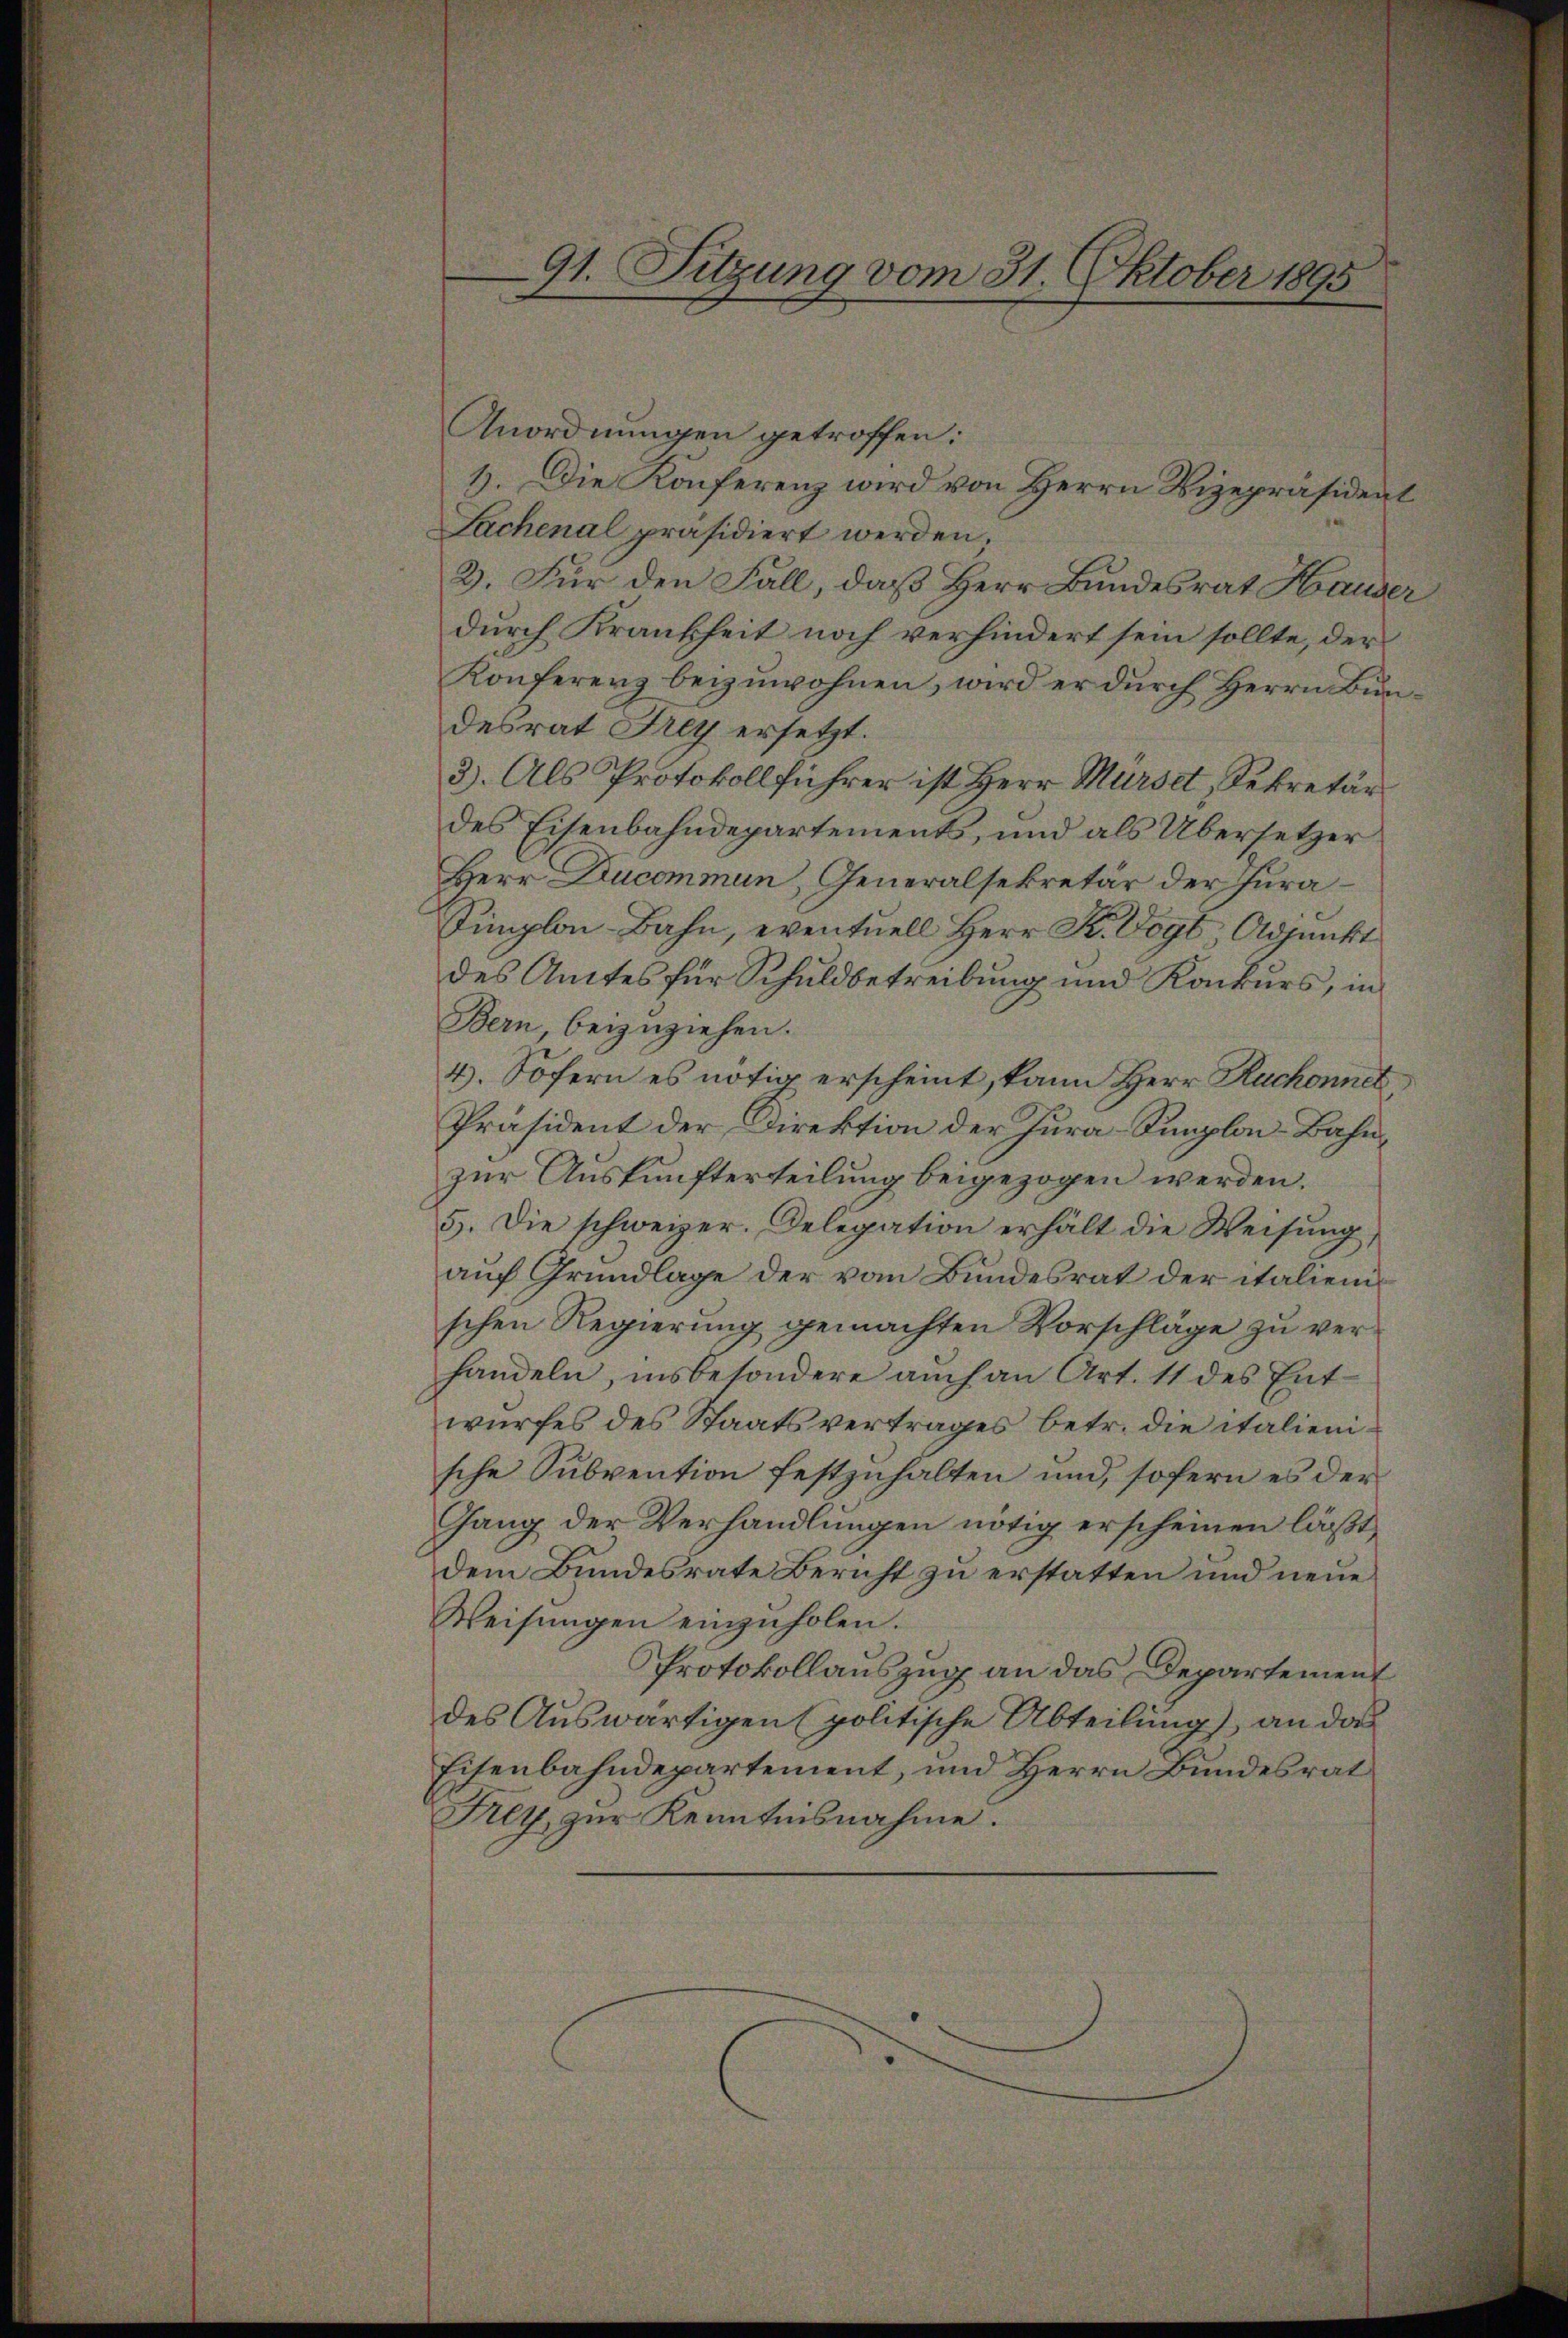
Anordnungen getroffen:
1. Die Konferenz wird von Herrn Vizepräsident
Sachenal präsidiert werden.
2. Für den Fall, daß Herr Bundesrat Hauser
durch Krankheit noch verhindert sein sollte, der
Konferenz beizuwohnen, wird er durch Herrn Bundesrat Frey ersetzt.
3). Als Protokollführer ist Herr Mürset, Sekretär
des Eisenbahndepartement, und als Übersetzer
Herr Ducommen, Generalsekretär der Jura¬
Simplon-Bahn, eventuell Herr K. Vogt Adjunkt
des Amtes für Schuldbetreibung und Konkurs, in
Bern, beizuziehen.
4). Sofern es nötig erscheint, kann Herr Ruchonnet
Präsident der Direktion der Jura-Simploi-Bahn,
zur Auskunfterteilung beigezogen werden.
5. Die schweizer. Delegation erhält die Weisung,
auf Grundlage der vom Bundesrat der italienischen Regierung gemachten Vorschläge zu verhandeln, insbesondere auch an Art. 11 des Entwurfes des Staatsvertrages betr. die italienische Subvention festzuhalten und, sofern es der
Gang der Verhandlungen nötig erscheinen läßt,
dem Bundesrate Bericht zu erstatten und neue
Weisŭngen einzŭholen.
Protokollauszug an das Departement
des Auswärtigen (politische Abteilung), an das
Eisenbahndepartement, und Herrn Bundesrat
Fey, zur Kenntnisnahme.

91. Sitzung vom 31. Oktober 1895